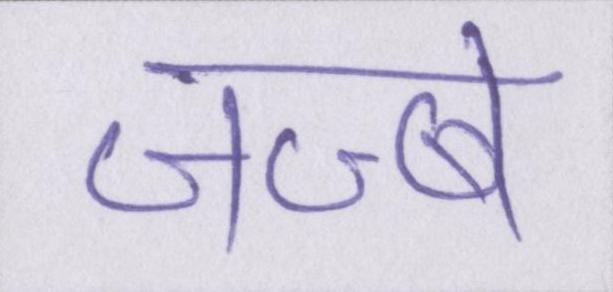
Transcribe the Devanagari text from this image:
जज्बे